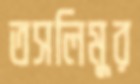
তসলিমুর